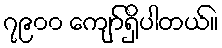
၇၉၀၀ ကျော်ရှိပါတယ်။